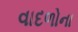
વાદળોના